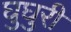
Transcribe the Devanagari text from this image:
घुघुरी